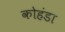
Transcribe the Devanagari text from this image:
कोहंडा